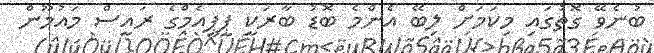
ބުނެވޭ ގޮތުގައި މިކަމަށް ލިބޭ އެންމެ ބޮޑު ބާރަކީ ޕީޕީއެމްގެ ރައީސް މައުމޫން